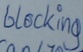
Text: blocking